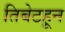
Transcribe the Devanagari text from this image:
तिबेटहून